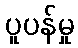
ပူပန်မှု